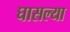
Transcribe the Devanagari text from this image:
घासल्या